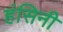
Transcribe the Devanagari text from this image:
हंसिनी